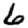
Digit: 6